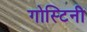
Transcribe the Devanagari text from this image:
गोस्टिनी